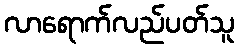
လာရောက်လည်ပတ်သူ